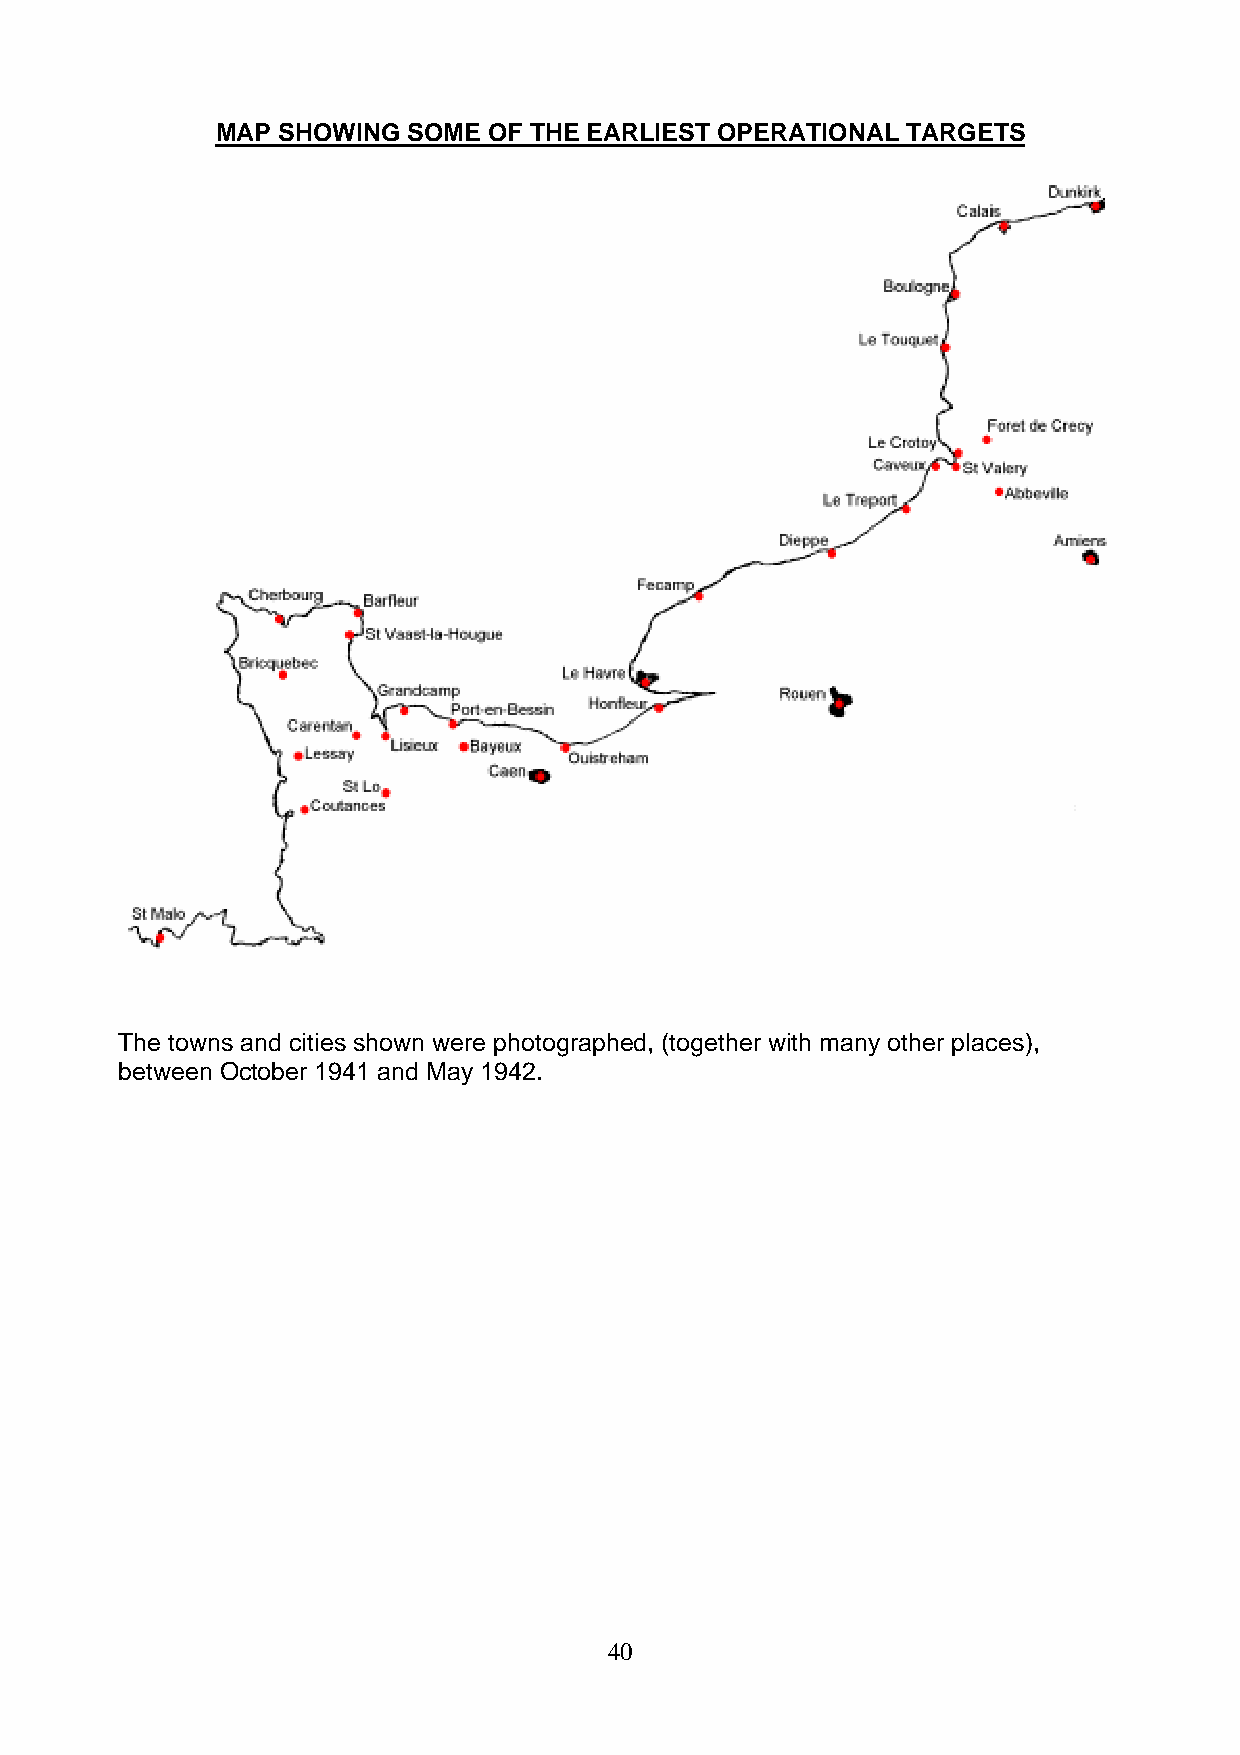
MAP SHOWING  SOME OF THE EARLIEST OPERATIONAL TARGETS
 The towns and cities shown were photographed, (together with many other places),
 between October 1941 and May 1942.
 40